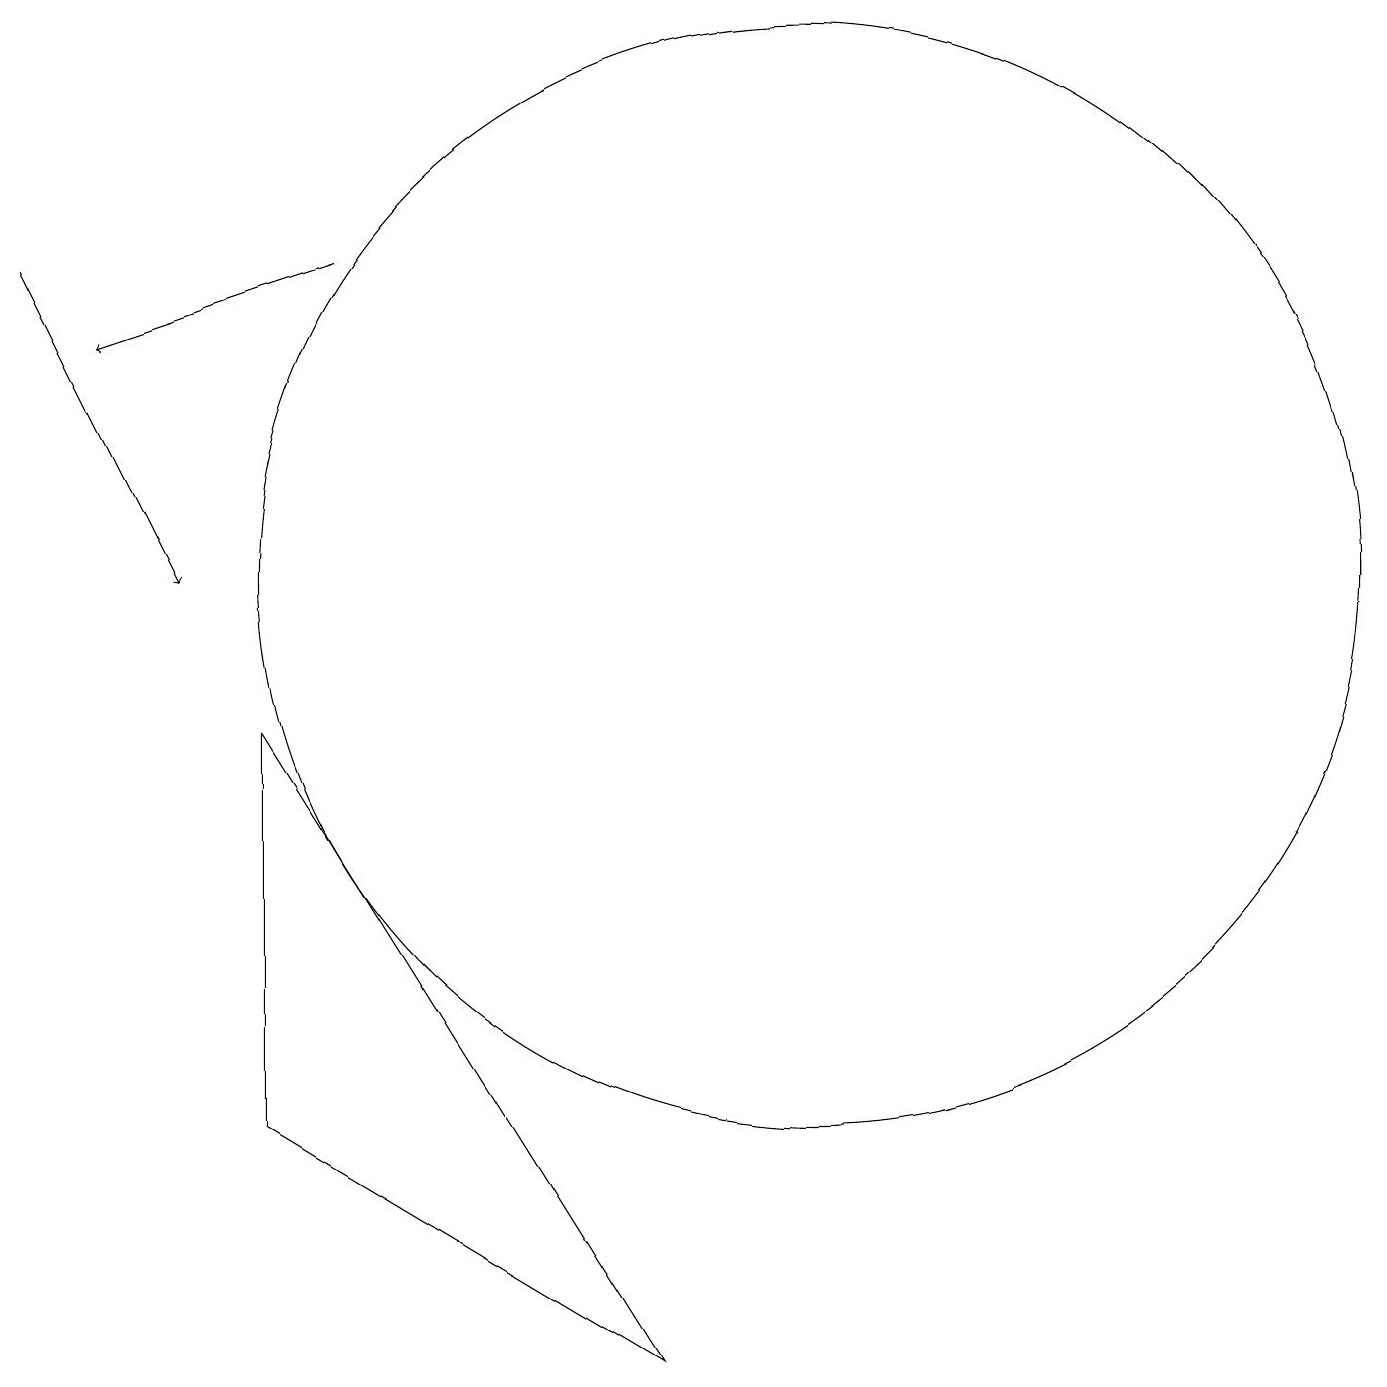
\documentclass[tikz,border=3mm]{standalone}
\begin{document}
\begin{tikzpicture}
\draw[->] (5,15) -- (2,14);
\draw (11,11) circle (7);
\draw[->] (1,15) -- (3,11);
\draw (9,1) -- (4,4) -- (4,9) -- cycle;
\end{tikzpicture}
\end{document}